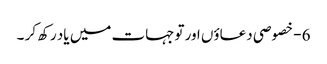
6 - خصوصی دعاؤں اور توجہات میں یاد رکھ کر ۔